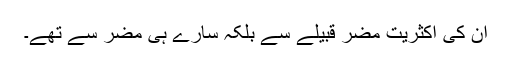
ان کی اکثریت مضر قبیلے سے بلکہ سارے ہی مضر سے تھے۔